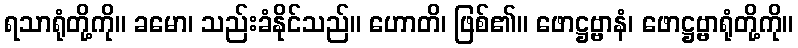
ရသာရုံတို့ကို။ ခမော၊ သည်းခံနိုင်သည်။ ဟောတိ၊ ဖြစ်၏။ ဖောဋ္ဌဗ္ဗာနံ၊ ဖောဋ္ဌဗ္ဗာရုံတို့ကို။